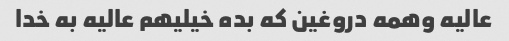
عالیه وهمه دروغین که بده خیلیهم عالیه به خدا